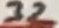
Text: 32